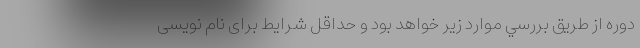
دوره از طریق بررسي موارد زير خواهد بود و حداقل شرایط برای نام نویسی